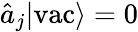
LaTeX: \hat{a}_{j}|\textrm{vac}\rangle=0